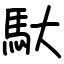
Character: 馱